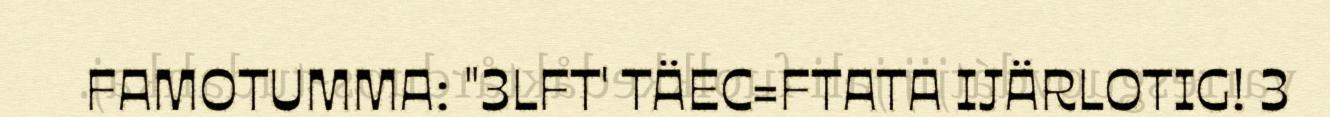
FAMOTUMMA: "3LFT' TÄEC=FTATA IJÄRLOTIG! 3